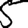
Digit: 5